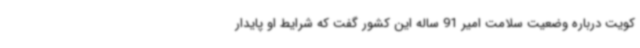
کویت درباره وضعیت سلامت امیر 91 ساله این کشور گفت که شرایط او پایدار